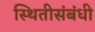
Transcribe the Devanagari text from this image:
स्थितीसंबंधी